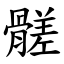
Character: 髊